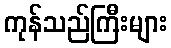
ကုန်သည်ကြီးများ